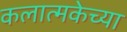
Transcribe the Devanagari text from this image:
कलात्मकेच्या